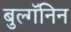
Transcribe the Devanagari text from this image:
बुल्गॅनिन